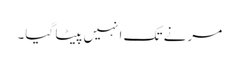
مرنے تک انہیں پیٹا گیا۔